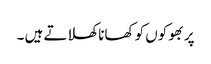
پر بھوکوں کو کھانا کھلاتے ہیں ۔